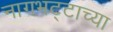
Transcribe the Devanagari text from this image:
नागभट्टाच्या